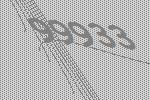
99933